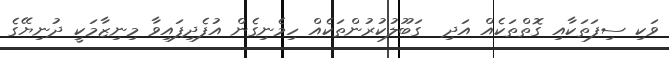
ވަކި ސިފަތަކާއި ގޮތްތަކެއް އަދި  ގަބޫލުކުރުންތަކެއް ހިމެނިގެން އުފެދިފައިވާ މިނިޒާމަކީ ދުނިޔޭގެ